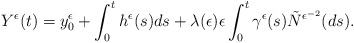
\begin{align*}\begin{aligned}Y^{\epsilon}(t)&=y^{\epsilon}_{0}+\int^{t}_{0}h^{\epsilon}(s)ds+\lambda(\epsilon)\epsilon\int^{t}_{0}\gamma^{\epsilon}(s)\tilde{N}^{\epsilon^{-2}}(ds).\end{aligned}\end{align*}